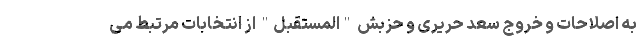
به اصلاحات و خروج سعد حریری و حزبش "المستقبل" از انتخابات مرتبط می